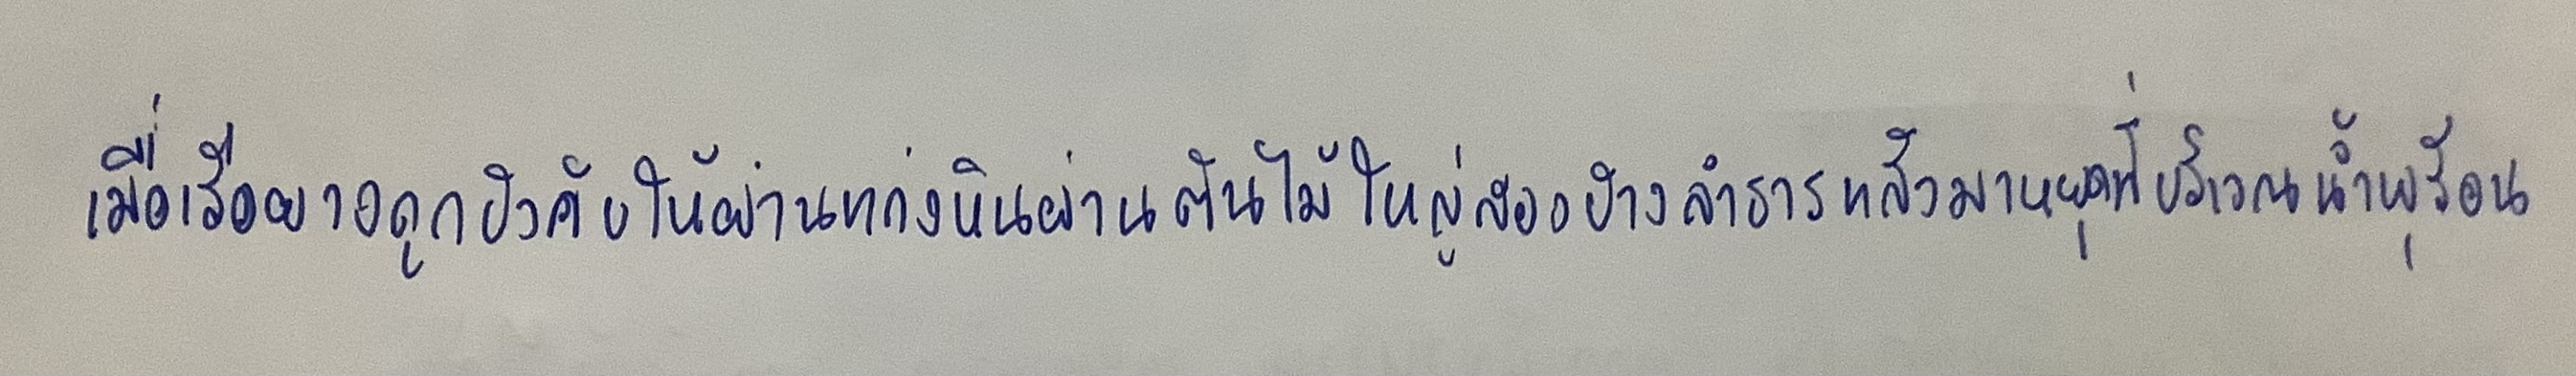
เมื่อเรือยางถูกบังคับให้ผ่านแก่งหินผ่านต้นไม้ใหญ่สองข้างลำธารแล้วมาหยุดที่บริเวณน้ำพุร้อน